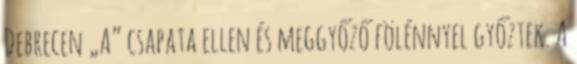
Debrecen „A” csapata ellen és meggyőző fölénnyel győztek. A